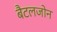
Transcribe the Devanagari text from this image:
बैटलजोन